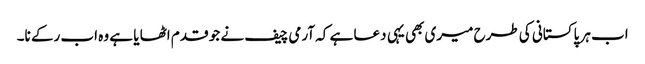
اب ہر پاکستانی کی طرح میری بھی یہی دعا ہے کہ آرمی چیف نے جو قدم اٹھا یا ہے وہ اب رکے نا۔